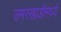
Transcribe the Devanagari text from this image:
उमरखाडीमध्ये